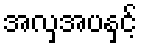
အလှအပနှင့်